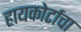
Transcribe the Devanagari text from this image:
हायकोर्टाचा